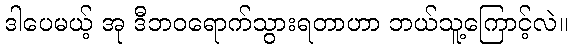
ဒါပေမယ့် အု ဒီဘဝရောက်သွားရတာဟာ ဘယ်သူ့ကြောင့်လဲ။